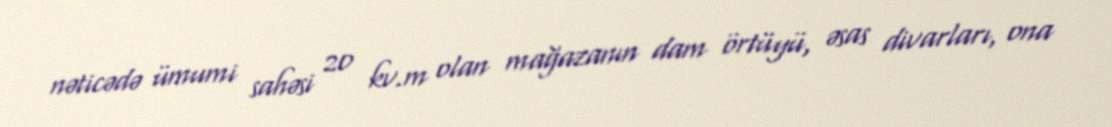
nəticədə ümumi sahəsi 20 kv.m olan mağazanın dam örtüyü, əsas divarları, ona